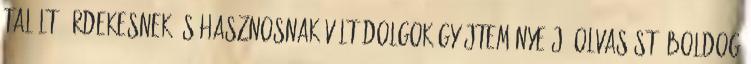
talált, érdekesnek és hasznosnak vélt dolgok gyűjteménye.Jó olvasást. Boldog